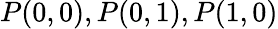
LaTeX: P(0,0),P(0,1),P(1,0)